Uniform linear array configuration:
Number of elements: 48
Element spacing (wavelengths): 0.5
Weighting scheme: blackman
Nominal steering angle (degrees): -60
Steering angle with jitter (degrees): -58.091
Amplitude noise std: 0.05
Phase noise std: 0.05

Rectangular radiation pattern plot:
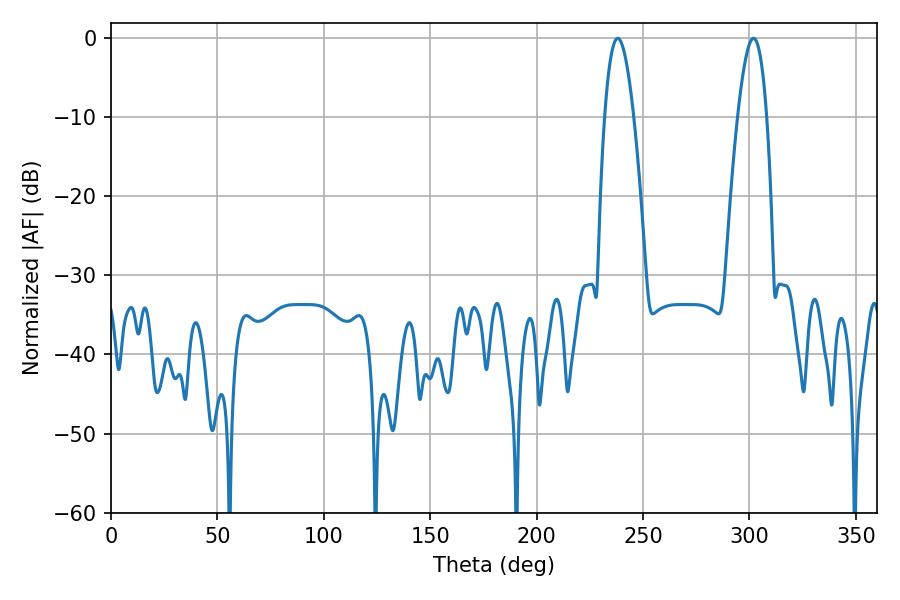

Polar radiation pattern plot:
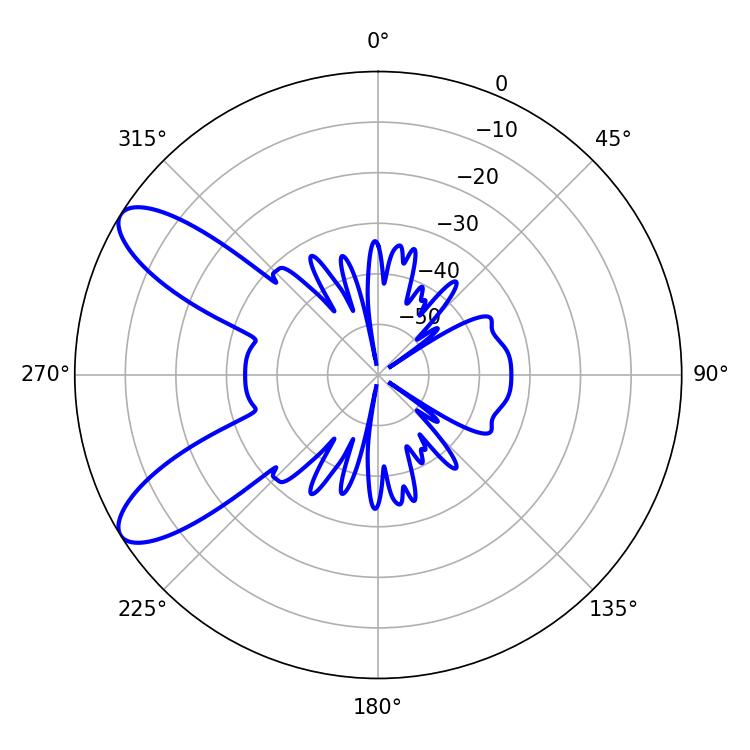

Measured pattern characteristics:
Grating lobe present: FALSE
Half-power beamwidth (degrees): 7.56
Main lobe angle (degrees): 238.14